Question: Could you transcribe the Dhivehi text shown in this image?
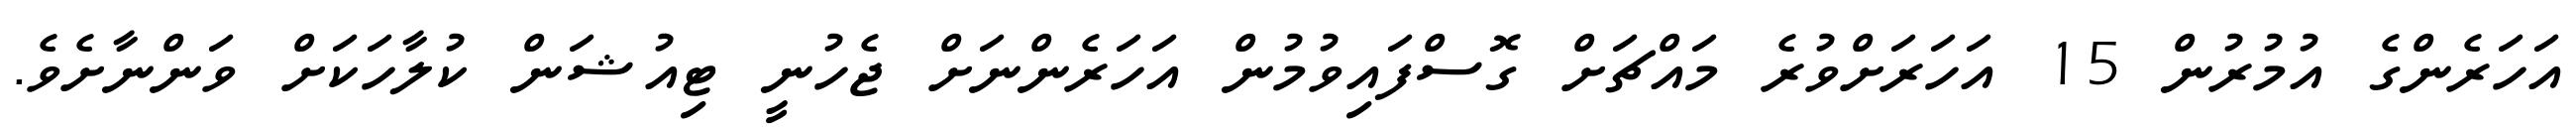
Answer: އަހަރެންގެ އުމުރުން 15 އަހަރަށްވުރެ މައްޗަށް ގޮސްފައިވުމުން އަހަރެންނަށް ޖެހުނީ ޓިއުޝަން ކުލާހަކަށް ވަންނާށެވެ.